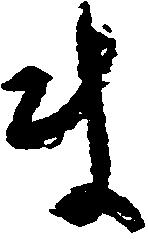
ま